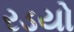
રડયો